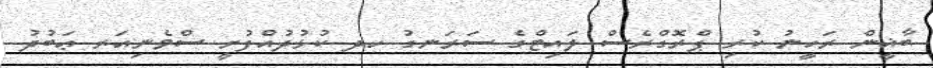
ބާޣީން ރަހީނު ކުރި ޕްރޮގްރެސް ލައިޓްގެ ސަރަނގު ހދ ކުޅުދުއްފުށީ ސްވެނިއަރ ޢަބުދު